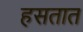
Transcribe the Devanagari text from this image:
हसतात